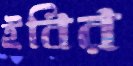
ইবির